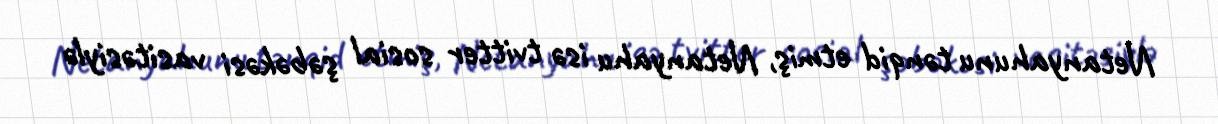
Netanyahunu tənqid etmiş, Netanyahu isə tvitter sosial şəbəkəsi vasitəsiylə